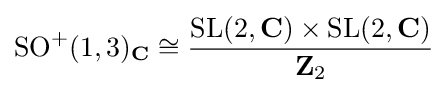
\mathrm {SO} ^{+}(1,3)_{\mathbf {C} }\cong {\frac {\mathrm {SL} (2,\mathbf {C} )\times \mathrm {SL} (2,\mathbf {C} )}{\mathbf {Z} _{2}}}